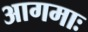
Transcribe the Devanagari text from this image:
आगमाः